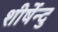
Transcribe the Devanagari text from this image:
शीर्षेन्दु